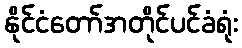
နိုင်ငံတော်အတိုင်ပင်ခံရုံး